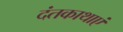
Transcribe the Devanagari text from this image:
दंतकाथाएं